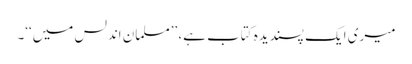
میری ایک پسندیدہ کتاب ہے، ’’مسلمان اندلس میں‘‘۔